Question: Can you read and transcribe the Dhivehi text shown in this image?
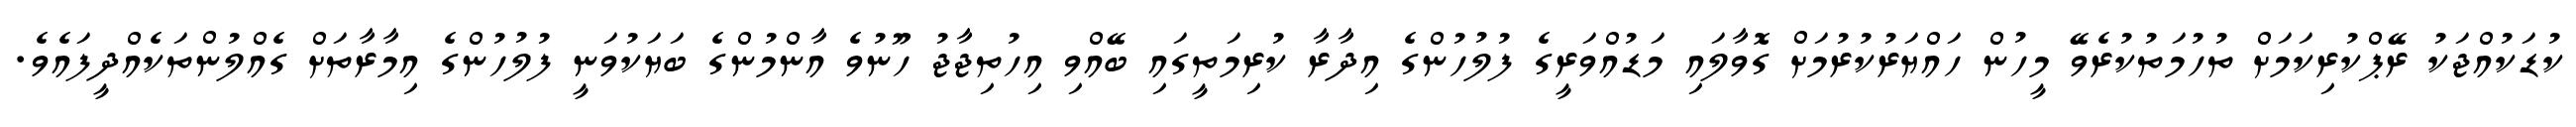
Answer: ކުޑަކުއްޖަކު ރޭޕްކުރިކަމަށް ތުހުމަތުކުރެވޭ މީހުން ހައްޔަރުކުރުމަށް ގޮވާލައި މަޑުއްވަރީގެ ފުލުހުންގެ އިދާރާ ކުރިމަތީގައި ބޭއްވި އިހުތިޖާޖު ހޫނުވެ އާންމުންގެ ބަޔަކުވަނީ ފުލުހުންގެ އިމާރާތަށް ގެއްލުންތަކެއްދީފައެވެ.